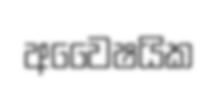
අවෛෂයික